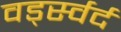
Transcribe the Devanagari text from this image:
वर्ड्स्वर्द